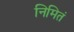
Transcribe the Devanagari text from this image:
निमितं